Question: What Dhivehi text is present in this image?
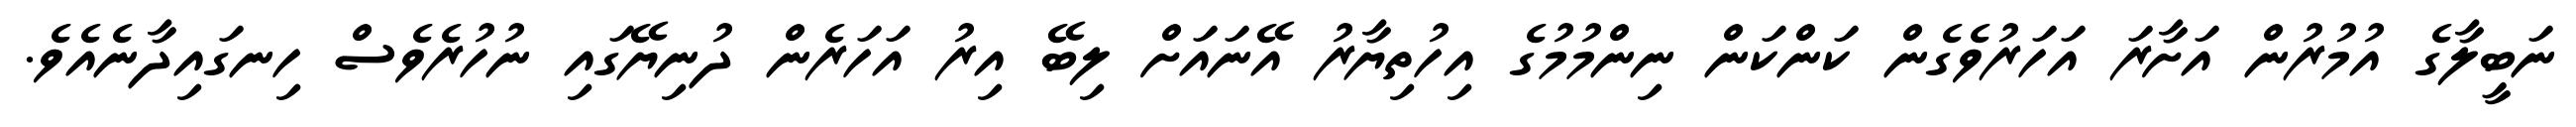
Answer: ނަބީލާގެ އުމުރުން އަށާރަ އަހަރުވެގެން ކަންކަން ނިންމުމުގެ އިހުތިޔާރު އޭނައަށް ލިބޭ އިރު އަހަރެން ދުނިޔޭގައި ނުހުރެވެސް ހިނގައިދާނެއެވެ.